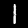
Label: 1